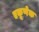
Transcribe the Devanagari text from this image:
एकूणेक